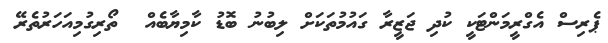
ޕެރިސް އެގްރީމަންޓަކީ ކުދި ޖަޒީރާ ގައުމުތަކަށް ލިބުނު ބޮޑު ކާމިޔާބެއް  ތޯރިގުމިއަހަރުތެރޭ